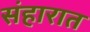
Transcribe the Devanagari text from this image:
संहारात